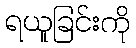
ရယူခြင်းကို